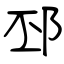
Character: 邳